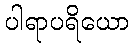
ပါရာပရိယော